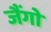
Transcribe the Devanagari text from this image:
जैंगो